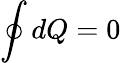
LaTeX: \oint dQ=0